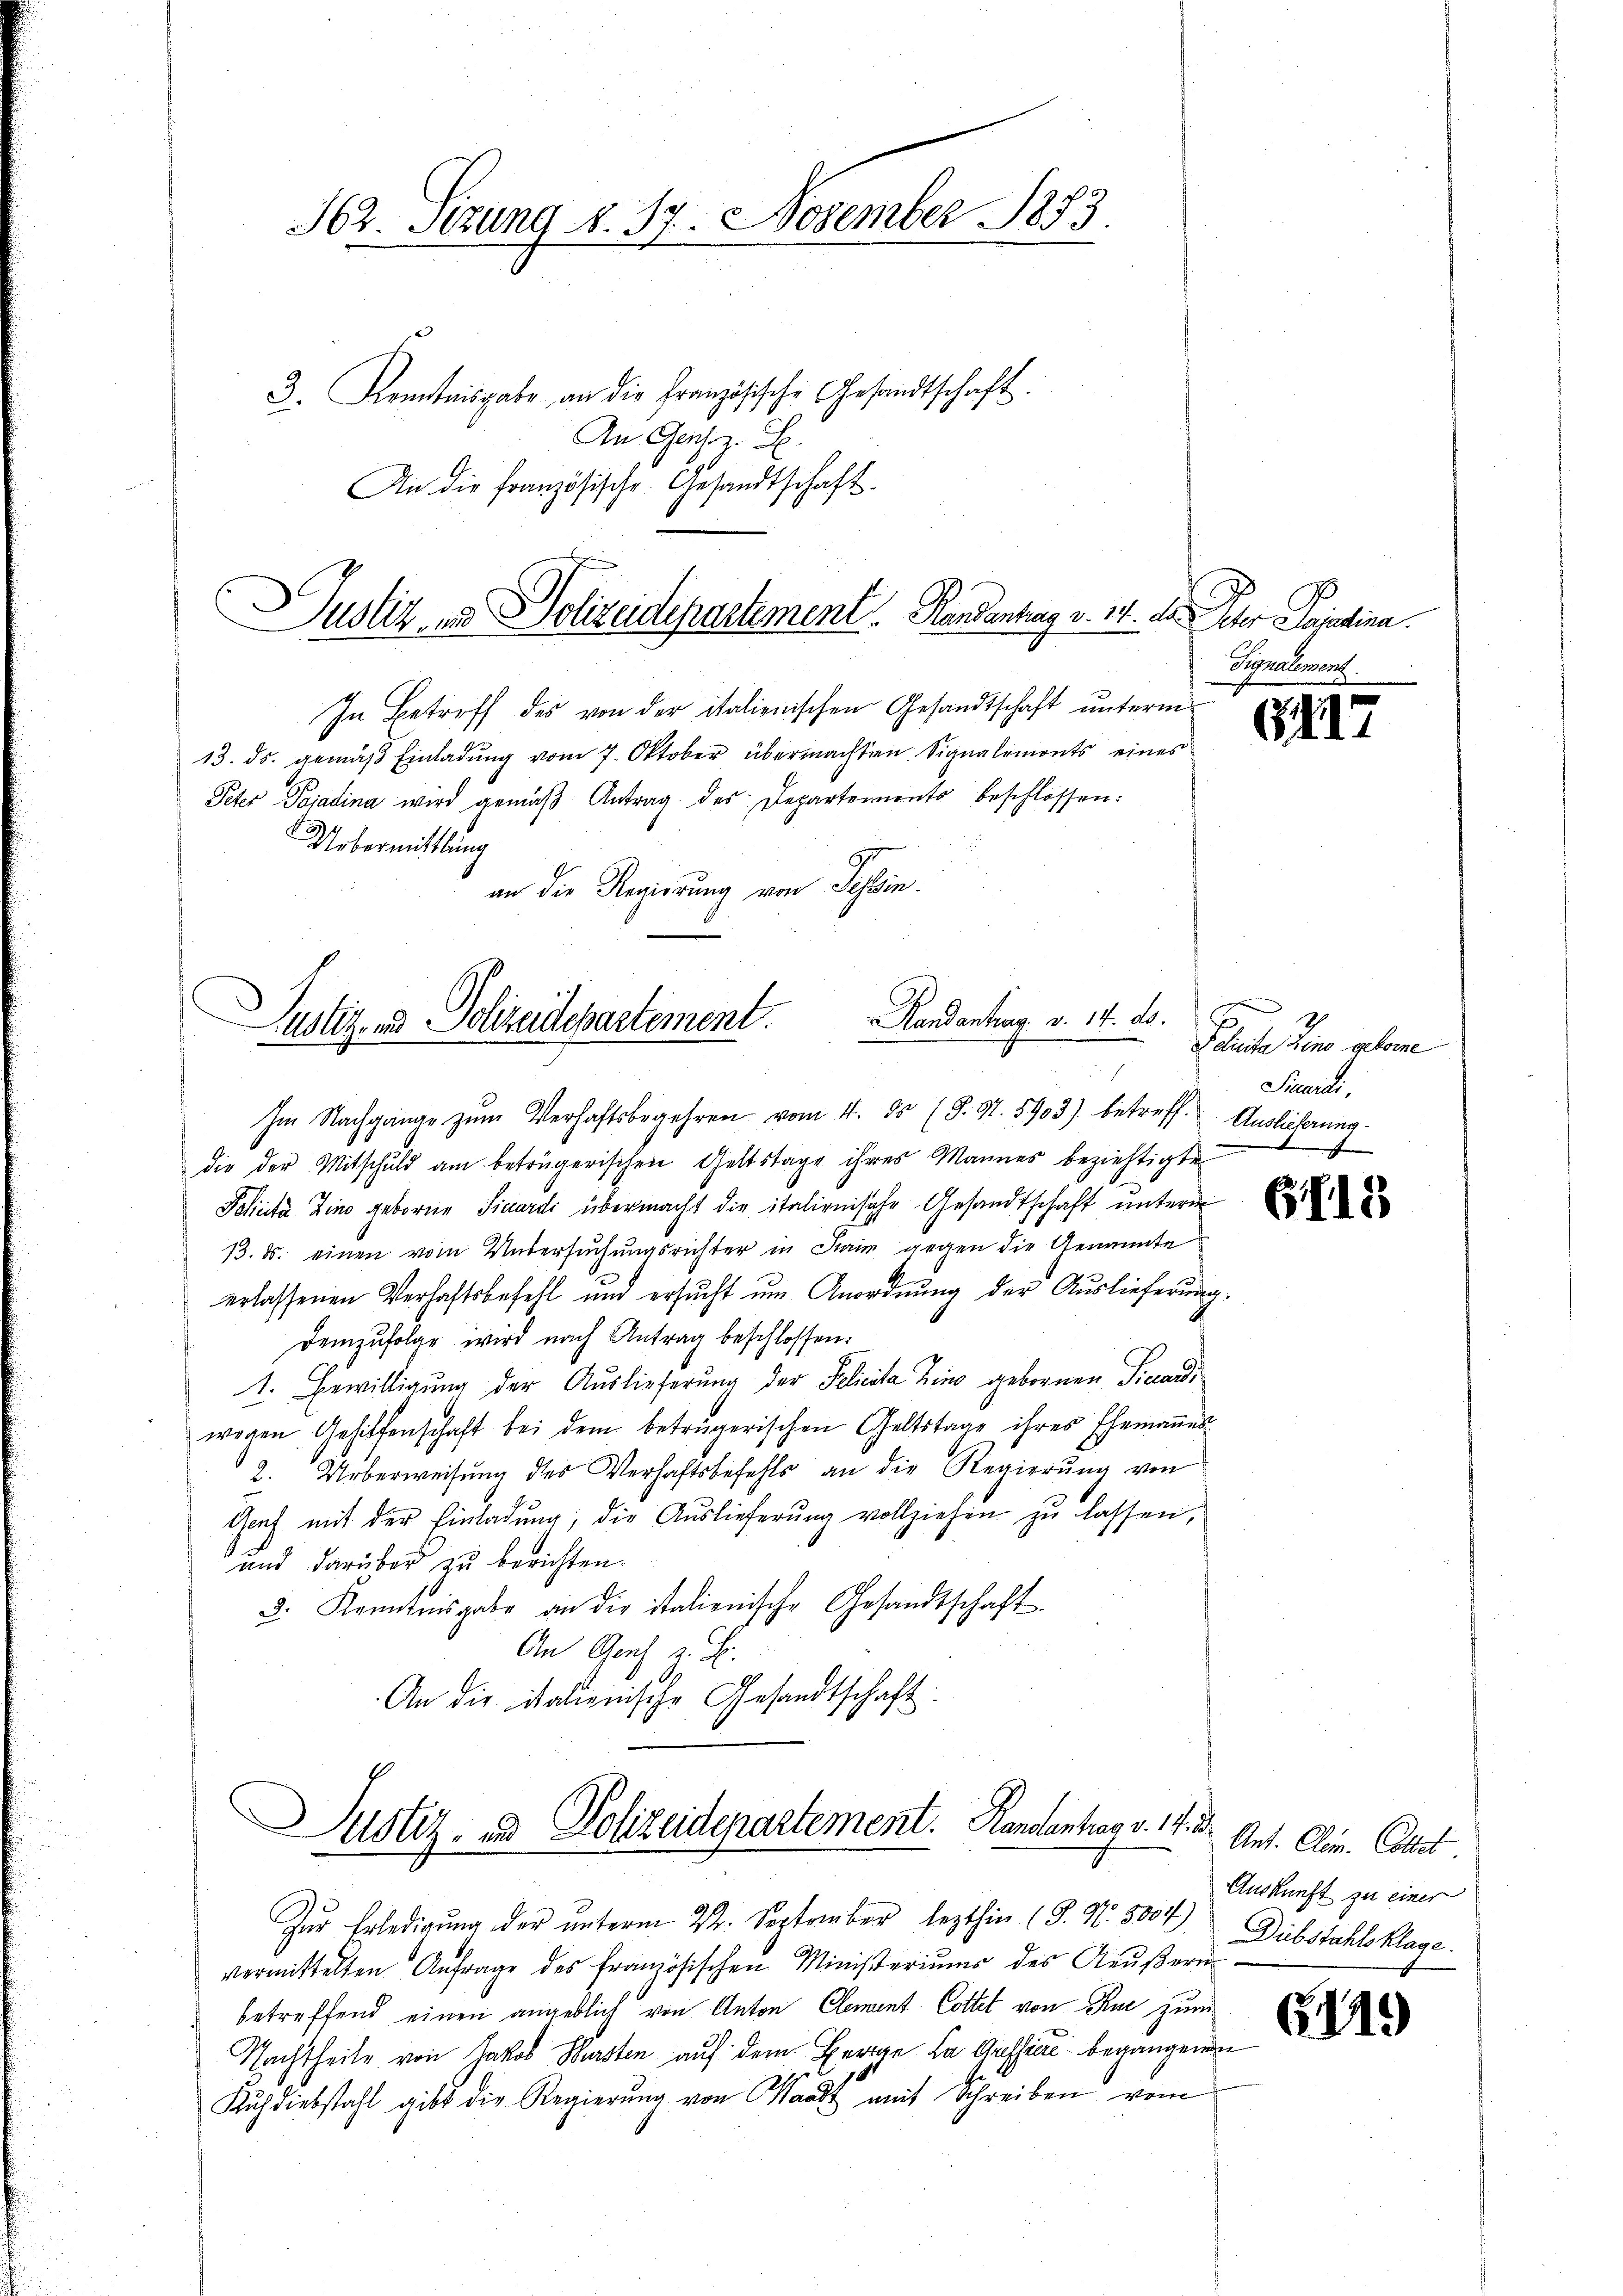
An die Französische Gesandtschaft.

362. Stzung N. 57. November 1883.
. Kenntnisgabe an die Französische Gesandtschaft.
An Genz. S.

Justiz- & Polizeidepartement. Handentrag v. 14. d.

Justiz- und Polizeidepartement. Kandantrag v. 14. ds.

In Betreff des von der italienischen Gesandtschaft unterm
13. ds. gemäß Einladung vom 7. Oktober übermachten Signalemonts eines
Peter Pasadina wird gemäβ Antrag des Departements beschlossen:
Uebermittlung
an die Regierung von Tessin.

Der Seiten.
Signalement.

Im Nachgange zŭm Verhaftsbegehren vom 4. ds (S. 91. 5903) betreff. Auslieferung
die der Mitschuld am betrügerischen Geltstage ihres Mannes beziehtigte
Policita Zino geborne Sicardi übermacht die italienische Gesandtschaft unterm
13. ds. einen vom Untersuchungsrichter in Krain gegen die Genannte
erlassenen Verhaftsbefehl und ersŭcht um Anordnŭng der Auslieferung.
Demzufolge wird nach Antrag beschlossen:
1. Bewilligung der Auslieferung der Pelicita Zins gebornen Sicardi
wegen Gehilfenschaft bei dem betrügerischen Geltstage ihres Ehemaṅes
2. Ueberweisung des Verhaftsbefehls an die Regierŭng von
.
Genf mit der Einladung, die Auslieferung vollziehen zu lassen,
und darüber zu berichten.
3. Kenntnisgabe an die italienische Gesandtschaft
An Gerich z. B.
An die italienische Gesandtschaft
Justiz- und Polizeidepartement. Randantrag v. 17. 2
Zur Erledigung der unterm 22. September lezthin (S. Nr. 5004) Diebstahlsklage.
vermittelten Anfrage des französischen Ministeriums des Aŭβern
betreffend einen angeblich von Anton Clement Cottel von Rue zum
Nachtheile von Jakob Hersten auf dem Herige La Gafsiae begangenen
Kŭhdiebstahl gibt die Regierŭng von Waadt mit Schreiben vom

61

E
S dicita, Lino gekomme
Sicardi,

Gfli

Ant. Clem. Collet
Auskunft zu einer

51.)